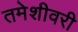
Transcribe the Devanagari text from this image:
तमेशीवरी